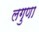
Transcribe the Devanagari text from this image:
लगुणा